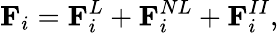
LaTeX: \mathbf{F}_{i}=\mathbf{F}_{i}^{L}+\mathbf{F}_{i}^{NL}+\mathbf{F}_{i}^{II},